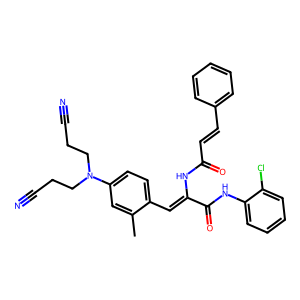
SMILES: Cc1cc(N(CCC#N)CCC#N)ccc1C=C(NC(=O)C=Cc1ccccc1)C(=O)Nc1ccccc1Cl
Inhibits HIV replication: No